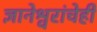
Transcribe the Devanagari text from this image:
ज्ञानेश्वरांचेही